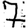
Digit: 7